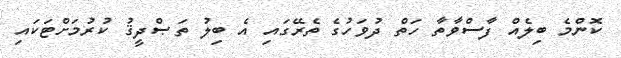
ކޮންމެ ބިލެއް ފާސްވާތާ ހަތް ދުވަހުގެ ތެރޭގައި އެ ބިލު ތަޞްދީޤު ކުރުމަށްޓަކައި